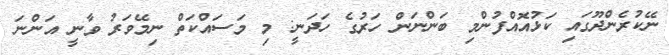
ނޭކުރެންދޫގައި ކަޅުއޮއްފުންމި ބަންނަން ހަރުގެ ހަދަނީ: މި މަސައްކަތް ނިމޭވަރު ވާނީ އަންނަ